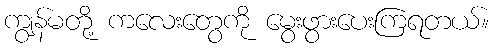
ကျွန်မတို့ ကလေးတွေကို မွေးဖွားပေးကြရတယ်။